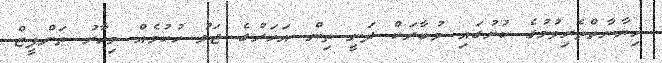
ޚިޔާނާތްތެރިވުމުގެ ކުށުގައި މުބާރަކް ދަނީ ތިން އަހަރުގެ ޖަލު ހުކުމެއް މިހާރު ތަންފީޒް